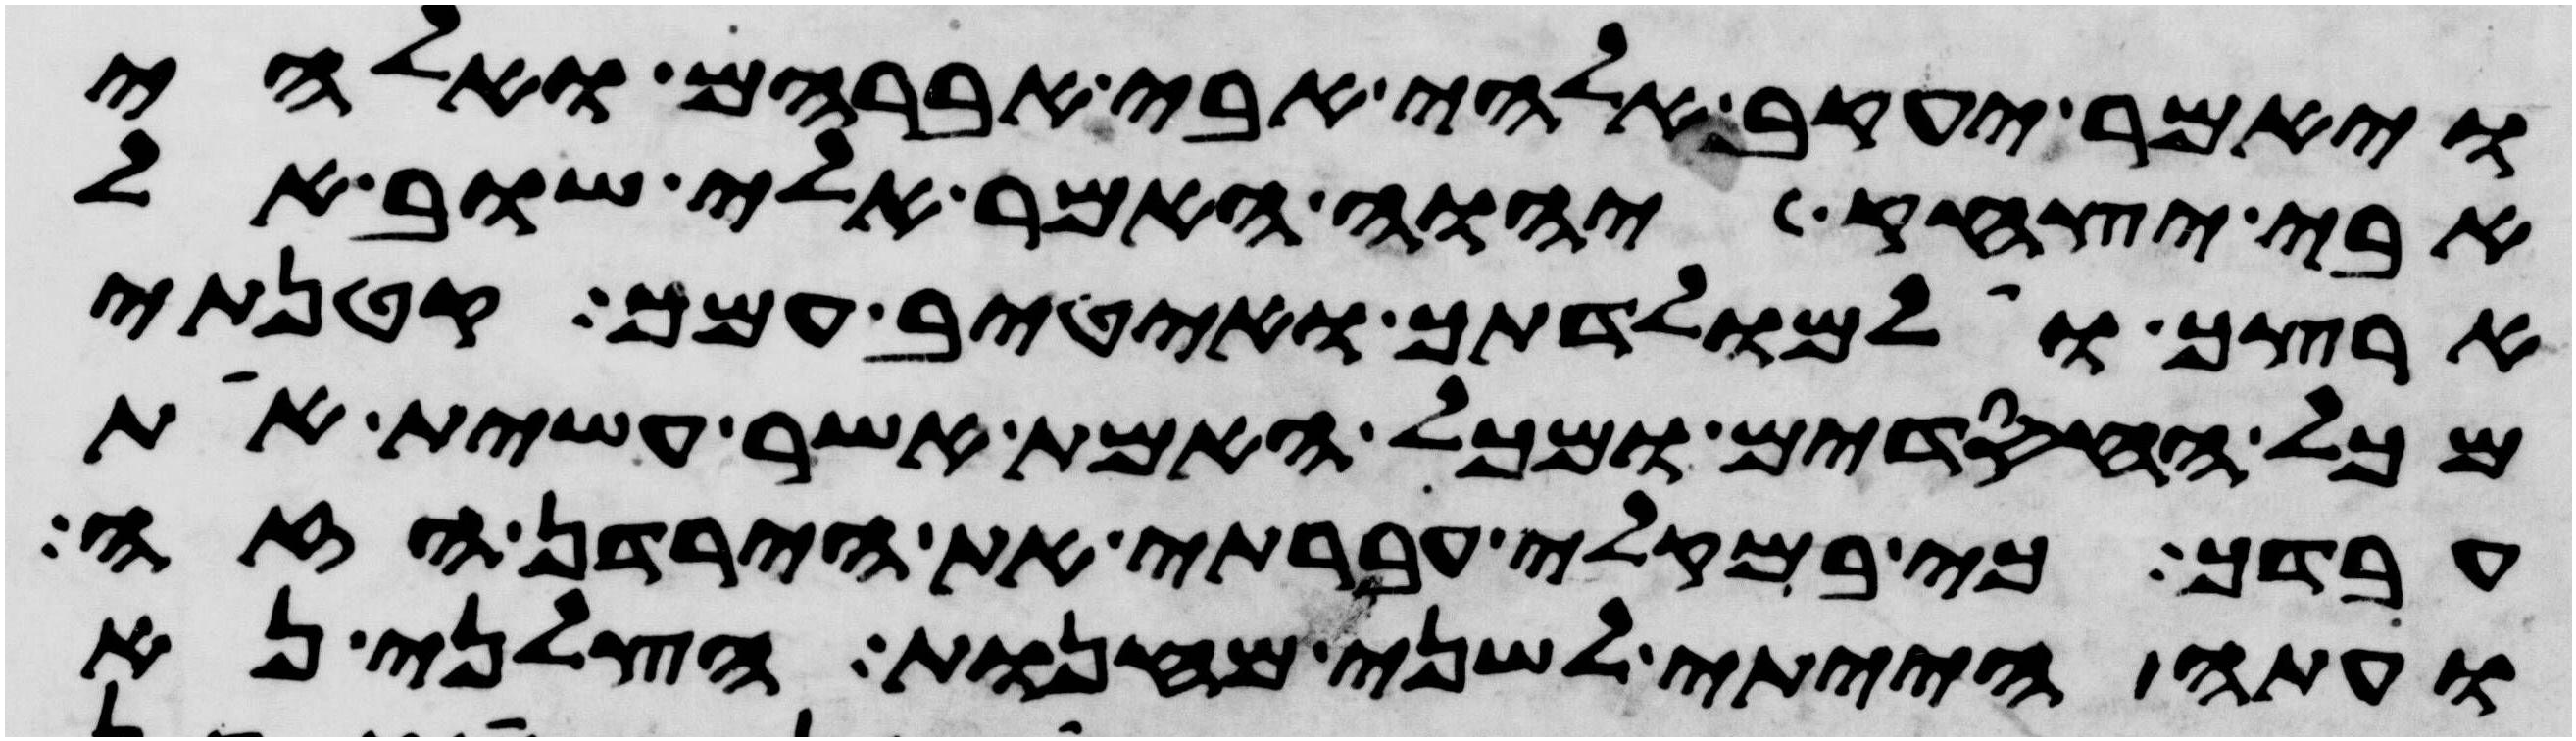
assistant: ויאמר יעקב אלהי אבי אברהם ואלהי
אבי יצחק יהוה אמר אלי שוב אל
ארצך ואל מולדתך ואטיב עמך קטנתי
מכל החסדים ומכל האמת אשר עשית את
עבדך כי במקלי עברתי את הירדן הזה
ועתה הייתי לשני מחנות הצלני נא